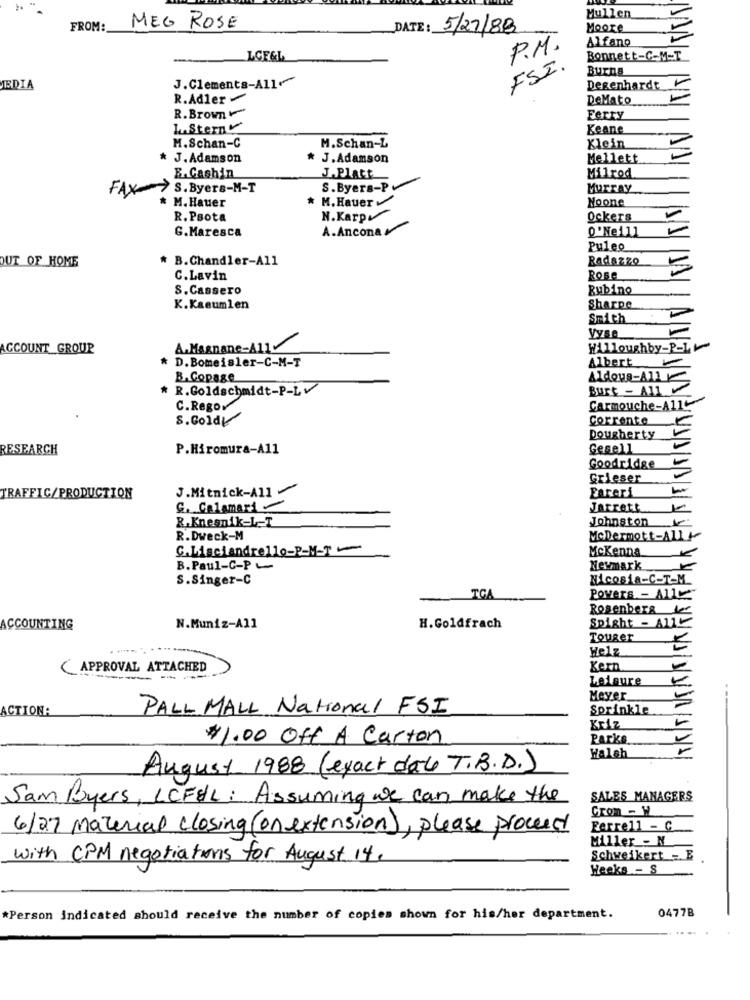
Mullen
FROM:
MEG ROSE
DATE: 5/27/88
Moore
Alfano
P.M.
LGF&L
Bonnett-C-M-T
FSI.
Burns
MEDIA
J.Clements-All+
Degenhardt
R.Adler
DeMato
R.Brown
Ferry
1.Stern
Keane
M.Schan-C
M.Schan-L
Klein
* J. Adamson
J. Adamson
Mellett
E.Cashin
J.Platt
Milrod
FAX> S.Byers-M-T
S.Byers-P
Murray
* M.Hauer
Noone
* M. Hauer
N. Karp
R. Psota
Ockers
G.Maresca
A.Ancona
0 'Neill
Puleo
* B.Chandler-All
Radazzo
UT OF HOME
C.Lavin
Rose
S. Cassero
Rubino
K.Kaeumlen
Sharpe
Smith
Vyse
ACCOUNT_GROUP
A. Magnane-A11
Willoughby-P-11
* D.Bomeisler-C-M-T
Albert
B.Copage
Aldous-A13
R.Goldschmidt-P-Lv
Burt - All
C.Rego
Carmouche-A116
S.Gold
Corrente
Dougherty
RESEARCH
P.Hiromura-A11
Gesell
Goodridge
Grieser
J.Mitnick-All
Fareri
TRAFFIC/PRODUCTION
G. Calamari
Jarrett
Johnston
R.Kneenik-L-T
R.Dweck-M
McDermott-All
C.Lisciandrello-P-M-T-
McKenna
B.Paul-C-P-
Newmark
S.Singer-C
Nicosia-C-T-M
IGA
Powers - All
Rosenberg
Spight - ATIC
ACCOUNTING
N.Muniz-All
H.Goldfrach
Touger
Welz
APPROVAL ATTACHED
Kern
-----
Leisure
Meyer
ACTIONA
PALL MALL National FSI
Sprinkle
Kriz
$1.00 Off A Carton
Parks
A/YA
Walsh
August 1988 (exact dal T.B.D.)
Sam Byers, LCFEL: Assuming we can make the
SALES MANAGERS
Grom - W
6/27 Material closing (on extension), please processi
Ferre11 - C
Miller - N.
with CPM negotiations for August 14.
Schweikert - E
Heeks - S
0477B
*Person indicated should receive the number of copies shown for his/her department.